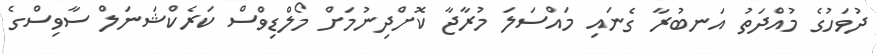
ދުވަހުގެ މުއްދަތު އަނބުރާ ގެނައި މައްސަލަ މުރާޖާ ކޮށްދިނުމަށް މޯލްޑިވްސް ކަރެކްޝަނަލް ސާވިސްގެ